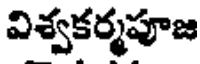
విశ్వకర్మపూజ